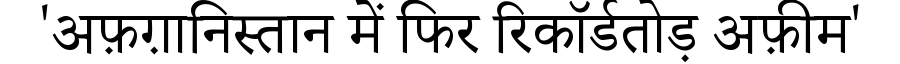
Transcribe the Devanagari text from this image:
'अफ़ग़ानिस्तान में फिर रिकॉर्डतोड़ अफ़ीम'